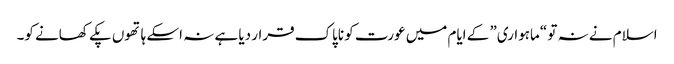
اسلام نے نہ تو “ماہواری” کے ایام میں عورت کو ناپاک قرار دیا ہے نہ اسکے ہاتھوں پکے کھانے کو۔